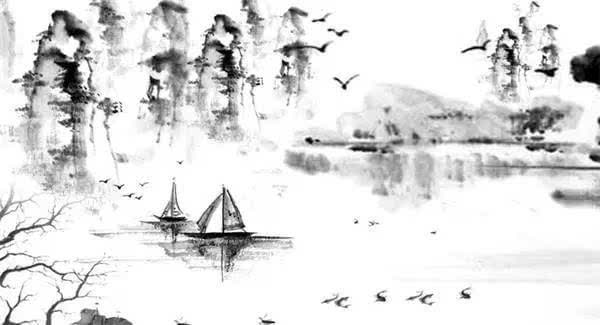
知彼知己者，百战不殆